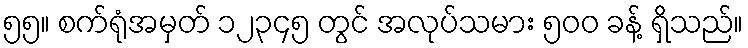
၅၅။ စက်ရုံအမှတ် ၁၂၃၄၅ တွင် အလုပ်သမား ၅၀၀ ခန့် ရှိသည်။